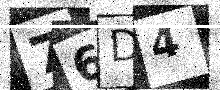
Text: 76D4